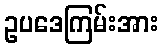
ဥပဒေကြမ်းအား